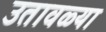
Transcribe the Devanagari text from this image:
उतावळ्या